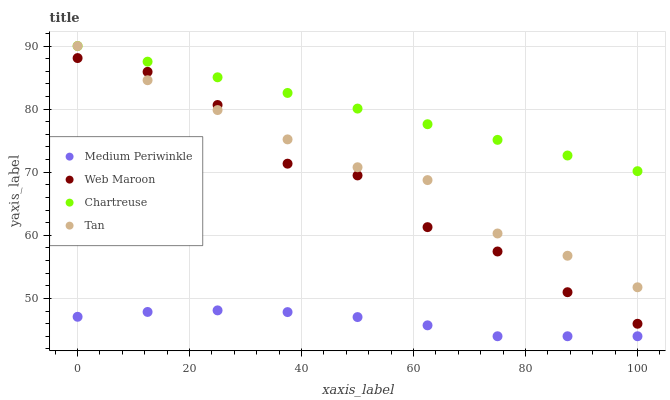
| xaxis_label | Medium Periwinkle | Web Maroon | Chartreuse | Tan |
 | --- | --- | --- | --- | --- |
 | 0 | 47.1 | 88.1 | 90 | 90 |
 | 12.5 | 47.9 | 85.9 | 87.5 | 84.6 |
 | 25 | 48.1 | 80.7 | 85 | 79.8 |
 | 37.5 | 47.8 | 71.4 | 82.6 | 75.2 |
 | 50 | 47 | 69.5 | 80.1 | 70.8 |
 | 62.5 | 45.7 | 61.3 | 77.6 | 68.7 |
 | 75 | 44 | 57.4 | 75.1 | 60.3 |
 | 87.5 | 44 | 51 | 72.6 | 56.8 |
 | 100 | 44 | 46 | 70.2 | 51.8 |